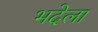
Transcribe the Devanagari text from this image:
भदेला